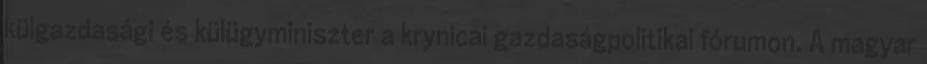
külgazdasági és külügyminiszter a krynicai gazdaságpolitikai fórumon. A magyar